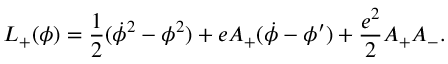
{ \cal L } _ { + } ( \phi ) = { \frac { 1 } { 2 } } ( \dot { \phi } ^ { 2 } - \phi ^ { 2 } ) + e A _ { + } ( \dot { \phi } - \phi ^ { \prime } ) + { \frac { e ^ { 2 } } { 2 } } A _ { + } A _ { - } .